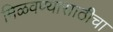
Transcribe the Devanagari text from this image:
मिळवण्यासाठीचा